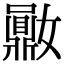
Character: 𪔈